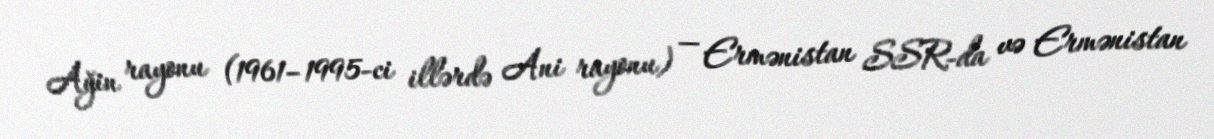
Ağin rayonu (1961–1995-ci illərdə Ani rayonu) — Ermənistan SSR-da və Ermənistan